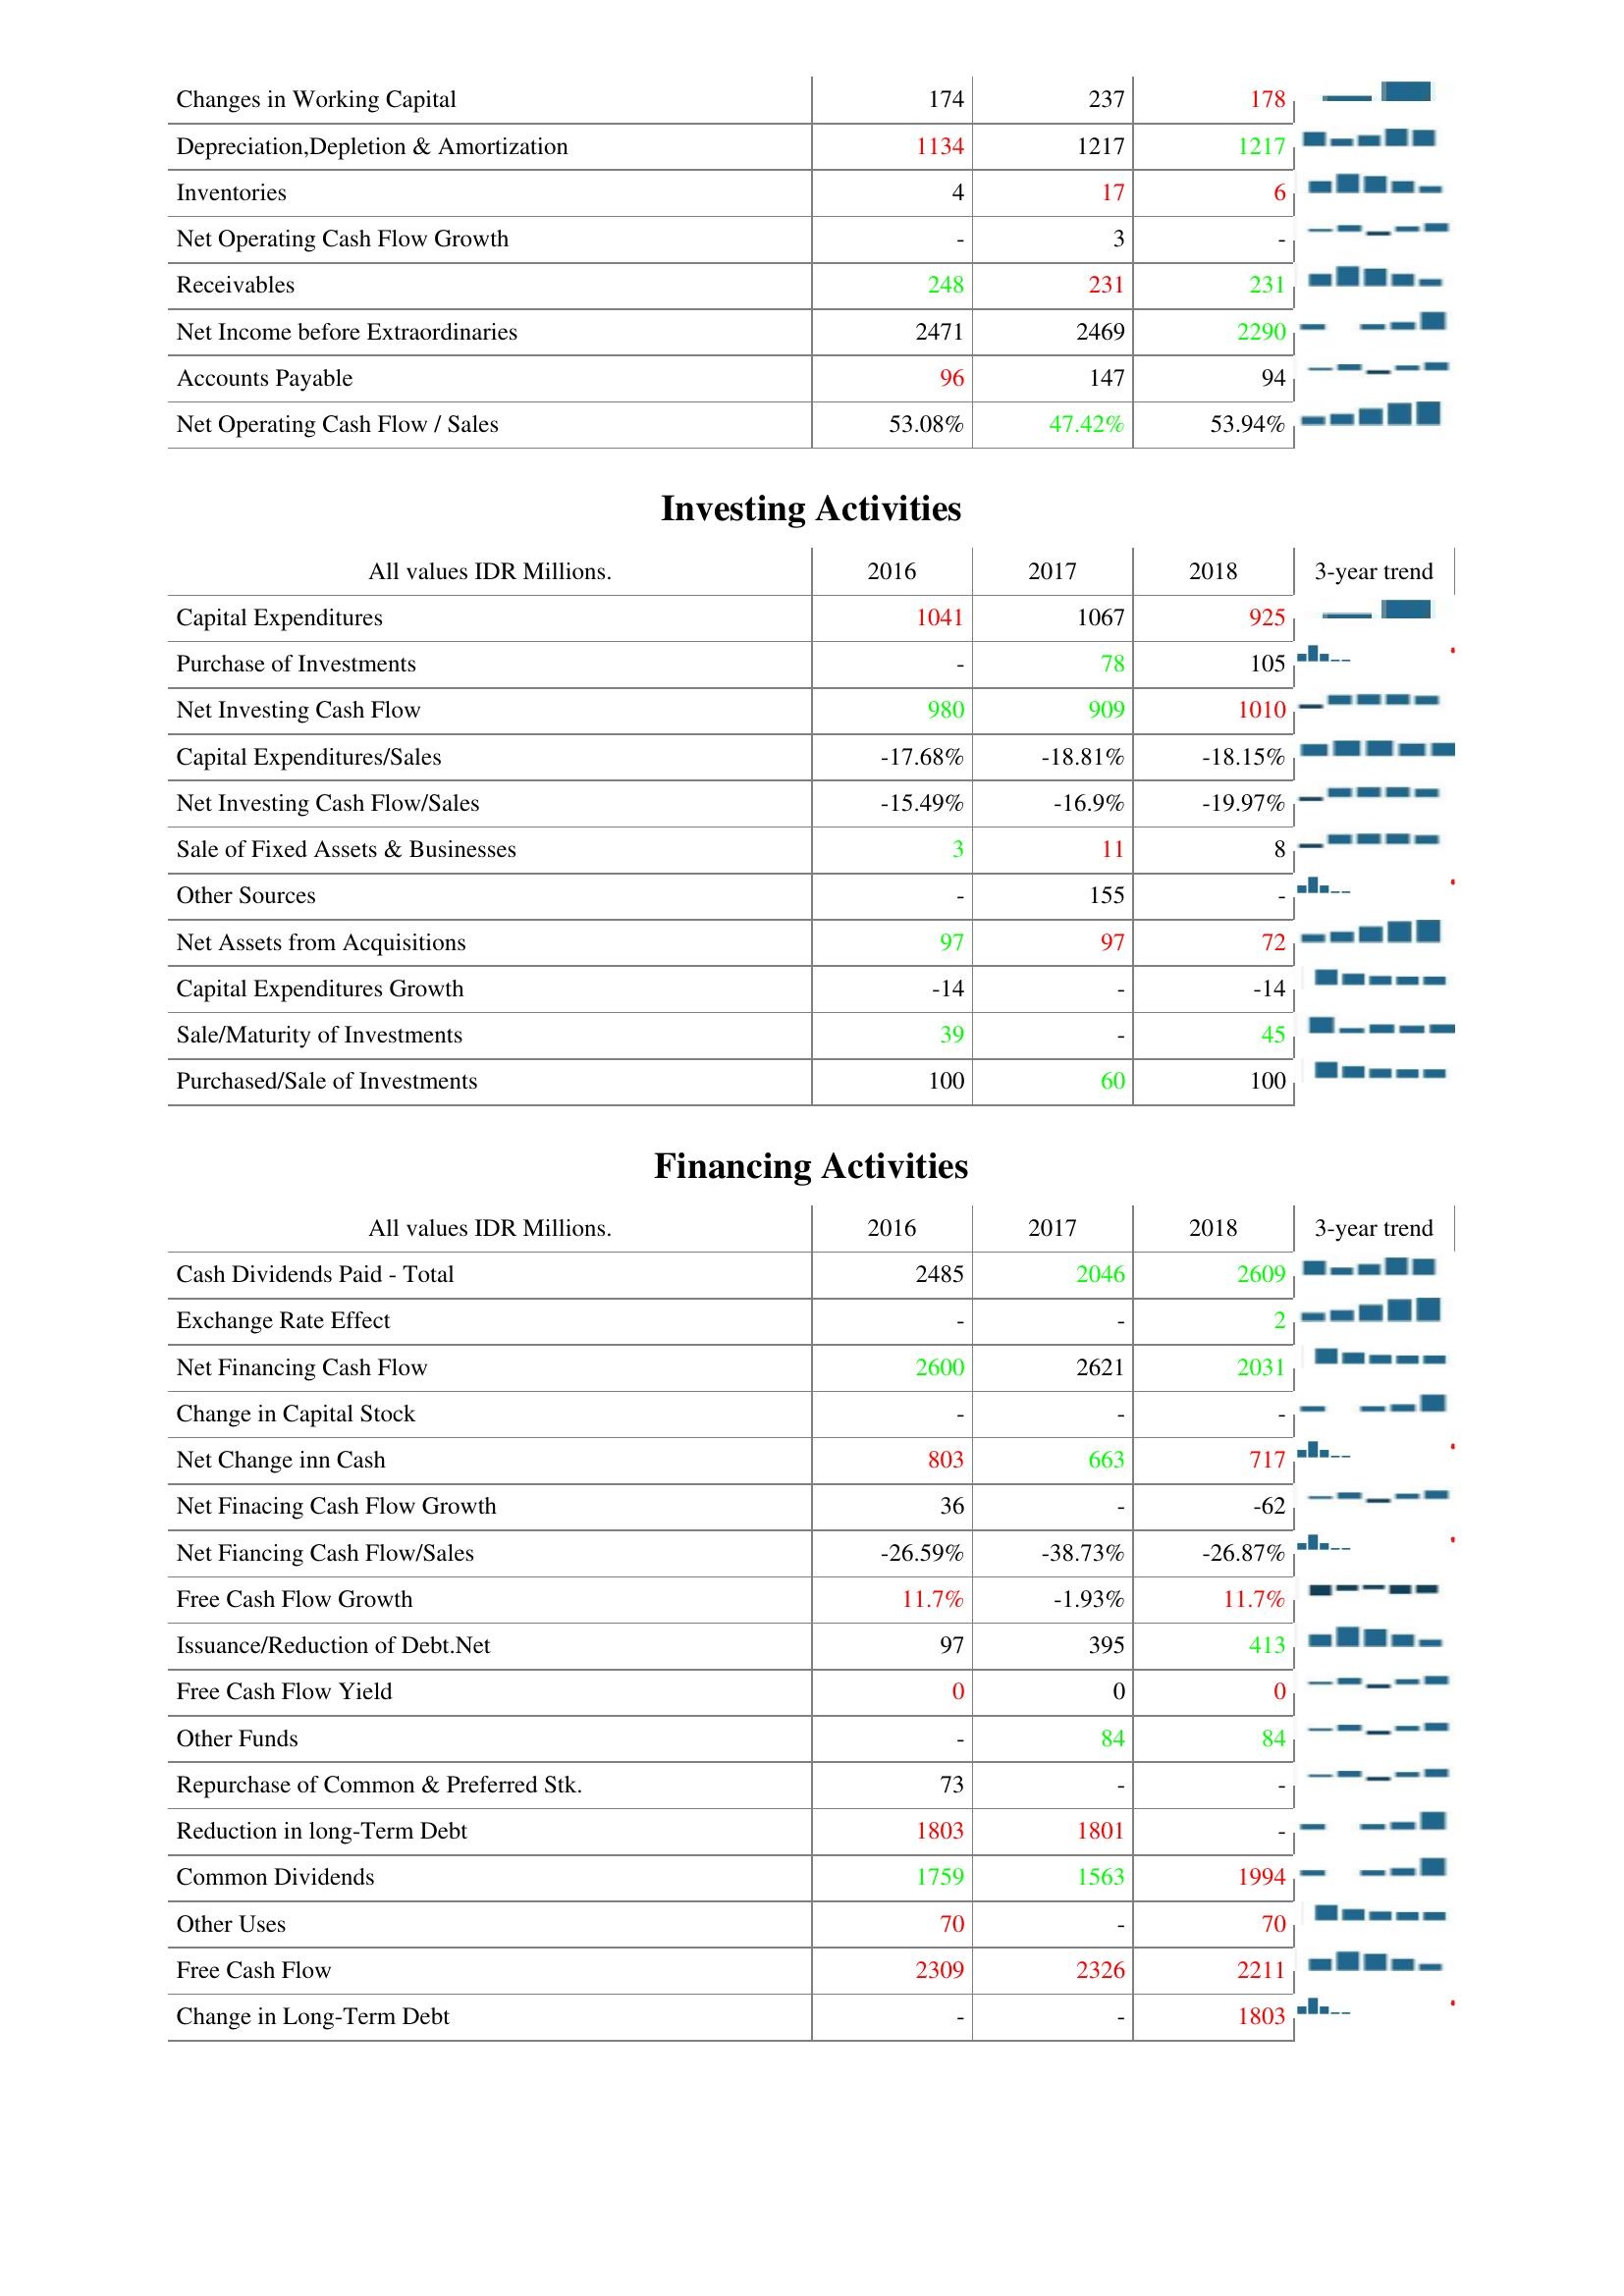
2016: Operating Activities: Changes in Working Capital: 174
Depreciation,Depletion & Amortization: 1134
Inventories: 4
Net Operating Cash Flow Growth: -
Receivables: 248
Net Income before Extraordinaries: 2471
Accounts Payable: 96
Net Operating Cash Flow / Sales: 53.08%
Investing Activities: Capital Expenditures: 1041
Purchase of Investments: -
Net Investing Cash Flow: 980
Capital Expenditures/Sales: -17.68%
Net Investing Cash Flow/Sales: -15.49%
Sale of Fixed Assets & Businesses: 3
Other Sources: -
Net Assets from Acquisitions: 97
Capital Expenditures Growth: -14
Sale/Maturity of Investments: 39
Purchased/Sale of Investments: 100
Financing Activities: Cash Dividends Paid - Total: 2485
Exchange Rate Effect: -
Net Financing Cash Flow: 2600
Change in Capital Stock: -
Net Change inn Cash: 803
Net Finacing Cash Flow Growth: 36
Net Fiancing Cash Flow/Sales: -26.59%
Free Cash Flow Growth: 11.7%
Issuance/Reduction of Debt.Net: 97
Free Cash Flow Yield: 0
Other Funds: -
Repurchase of Common & Preferred Stk.: 73
Reduction in long-Term Debt: 1803
Common Dividends: 1759
Other Uses: 70
Free Cash Flow: 2309
Change in Long-Term Debt: -
2017: Operating Activities: Changes in Working Capital: 237
Depreciation,Depletion & Amortization: 1217
Inventories: 17
Net Operating Cash Flow Growth: 3
Receivables: 231
Net Income before Extraordinaries: 2469
Accounts Payable: 147
Net Operating Cash Flow / Sales: 47.42%
Investing Activities: Capital Expenditures: 1067
Purchase of Investments: 78
Net Investing Cash Flow: 909
Capital Expenditures/Sales: -18.81%
Net Investing Cash Flow/Sales: -16.9%
Sale of Fixed Assets & Businesses: 11
Other Sources: 155
Net Assets from Acquisitions: 97
Capital Expenditures Growth: -
Sale/Maturity of Investments: -
Purchased/Sale of Investments: 60
Financing Activities: Cash Dividends Paid - Total: 2046
Exchange Rate Effect: -
Net Financing Cash Flow: 2621
Change in Capital Stock: -
Net Change inn Cash: 663
Net Finacing Cash Flow Growth: -
Net Fiancing Cash Flow/Sales: -38.73%
Free Cash Flow Growth: -1.93%
Issuance/Reduction of Debt.Net: 395
Free Cash Flow Yield: 0
Other Funds: 84
Repurchase of Common & Preferred Stk.: -
Reduction in long-Term Debt: 1801
Common Dividends: 1563
Other Uses: -
Free Cash Flow: 2326
Change in Long-Term Debt: -
2018: Operating Activities: Changes in Working Capital: 178
Depreciation,Depletion & Amortization: 1217
Inventories: 6
Net Operating Cash Flow Growth: -
Receivables: 231
Net Income before Extraordinaries: 2290
Accounts Payable: 94
Net Operating Cash Flow / Sales: 53.94%
Investing Activities: Capital Expenditures: 925
Purchase of Investments: 105
Net Investing Cash Flow: 1010
Capital Expenditures/Sales: -18.15%
Net Investing Cash Flow/Sales: -19.97%
Sale of Fixed Assets & Businesses: 8
Other Sources: -
Net Assets from Acquisitions: 72
Capital Expenditures Growth: -14
Sale/Maturity of Investments: 45
Purchased/Sale of Investments: 100
Financing Activities: Cash Dividends Paid - Total: 2609
Exchange Rate Effect: 2
Net Financing Cash Flow: 2031
Change in Capital Stock: -
Net Change inn Cash: 717
Net Finacing Cash Flow Growth: -62
Net Fiancing Cash Flow/Sales: -26.87%
Free Cash Flow Growth: 11.7%
Issuance/Reduction of Debt.Net: 413
Free Cash Flow Yield: 0
Other Funds: 84
Repurchase of Common & Preferred Stk.: -
Reduction in long-Term Debt: -
Common Dividends: 1994
Other Uses: 70
Free Cash Flow: 2211
Change in Long-Term Debt: 1803